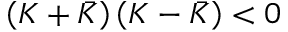
\left( K + \bar { K } \right) \left( K - \bar { K } \right) < 0